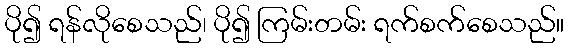
ပို၍ ရန်လိုစေသည်၊ ပို၍ ကြမ်းတမ်း ရက်စက်စေသည်။